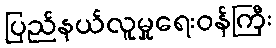
ပြည်နယ်လူမှုရေးဝန်ကြီး